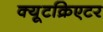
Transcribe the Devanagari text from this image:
क्यूटक्रिएटर